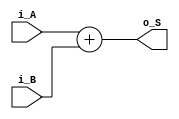
module adder (
    input  wire [31:0] i_A,
    input  wire [31:0] i_B,
    output wire [31:0] o_S
);

  assign o_S = i_A + i_B;

endmodule